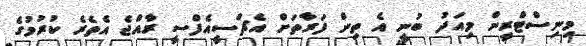
މިނިސްޓްރީން މިއަދު ބުނީ އެ ތިން ފަރާތަށް އެޗްސީއެފްސީ ރާއްޖެ އެތެރެ ކުރުމުގެ